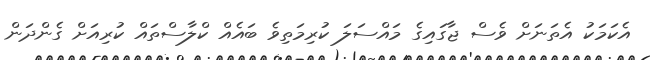
އެކަމަކު އެތަނަށް ވެސް ޖާގައިގެ މައްސަލަ ކުރިމަތިވެ ބައެއް ކްލާސްތައް ކުރިއަށް ގެންދަން